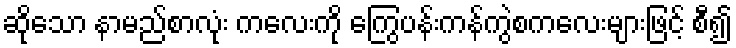
ဆိုသော နာမည်စာလုံး ကလေးကို ကြွေပန်းကန်ကွဲစကလေးများဖြင့် စီ၍